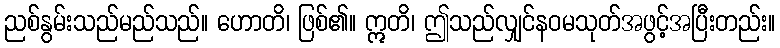
ညစ်နွမ်းသည်မည်သည်။ ဟောတိ၊ ဖြစ်၏။ ဣတိ၊ ဤသည်လျှင်နဝမသုတ်အဖွင့်အပြီးတည်း။